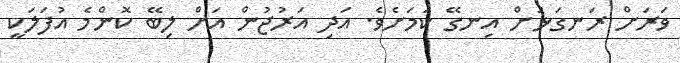
ވަރަށް ރަނގަޅަށް އިނގޭ ކަމަށެވެ. އަދި އަރުޖުން އަށް ލިބޭ ކޮންމެ އުފަލަކީ